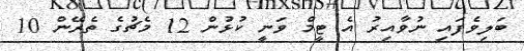
ބަލިވެފައި ނުވާއިރު އެ ޓީމް ވަނީ ކުޅުން 12 މެޗުގެ ތެރޭން 10